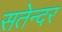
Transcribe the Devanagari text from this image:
सतेन्दर